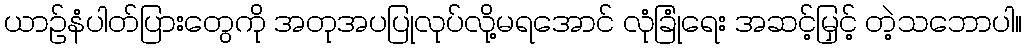
ယာဉ်နံပါတ်ပြားတွေကို အတုအပပြုလုပ်လို့မရအောင် လုံခြုံရေး အဆင့်မြှင့် တဲ့သဘောပါ။